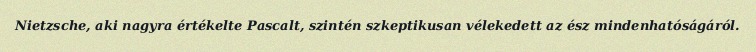
Nietzsche, aki nagyra értékelte Pascalt, szintén szkeptikusan vélekedett az ész mindenhatóságáról.